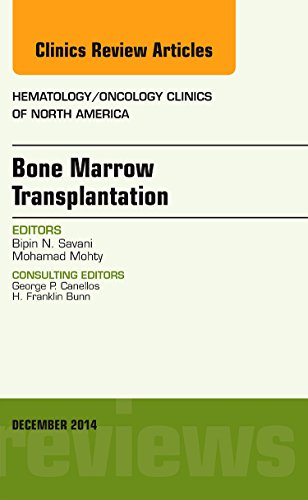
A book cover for Bone Marrow Transplantation, An Issue of Hematology/Oncology Clinics of North America, 1e (The Clinics: Internal Medicine); Bipin Savani; Medical Books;